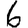
Digit: 6